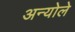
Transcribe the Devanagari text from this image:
अन्योले